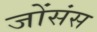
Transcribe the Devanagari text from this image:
जोंसंस